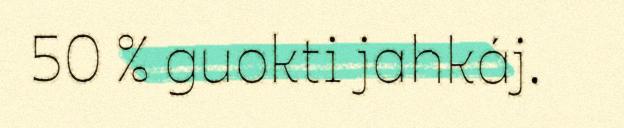
50 % guokti jahkáj.